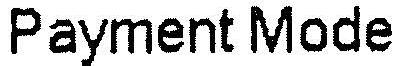
PAYMENT MODE